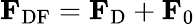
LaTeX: \mathbf{F}_{\mathrm{DF}}=\mathbf{F}_{\mathrm{D}}+\mathbf{F}_{0}